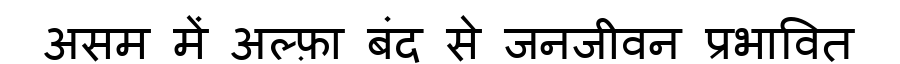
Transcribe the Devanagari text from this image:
असम में अल्फ़ा बंद से जनजीवन प्रभावित